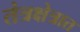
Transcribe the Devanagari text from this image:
तंत्रक्षेत्रात